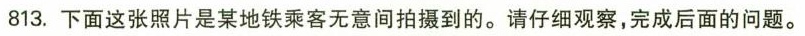
813.下面这张照片是某地铁乘客无意间拍摄到的。请仔细观察，完成后面的问题。